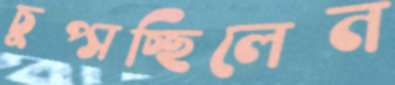
চুপ্‌সচ্ছিলেন